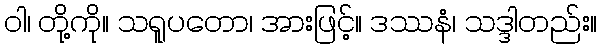
ဝါ၊ တို့ကို။ သရူပတော၊ အားဖြင့်။ ဒဿနံ၊ သဒ္ဒါတည်း။